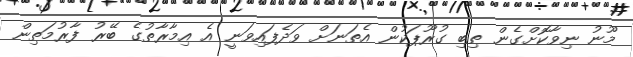
މޫނު ނިވާކޮށްގެން ތިބި ގުރޫޕަކުން އެތަނަށް ވަދެފައިވަނީ އެ އިމާރާތުގެ ބޭރު ފާރުމަތިން